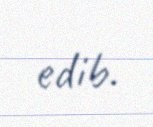
edib.